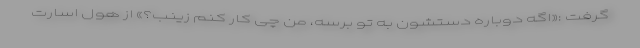
گرفت :«اگه دوباره دستشون به تو برسه، من چی کار کنم زینب؟» از هول اسارت